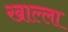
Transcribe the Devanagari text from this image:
खाल्‍ला